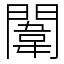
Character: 闈